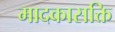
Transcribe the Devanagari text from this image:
मादकासक्ति